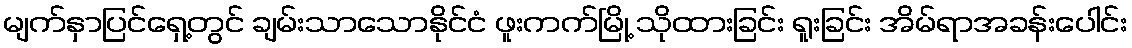
မျက်နှာပြင်ရှေ့တွင် ချမ်းသာသောနိုင်ငံ ဖူးကက်မြို့ သိုထားခြင်း ရူးခြင်း အိမ်ရာအခန်းပေါင်း